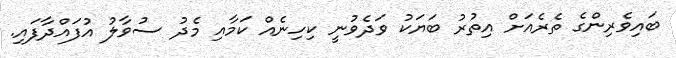
ބައިވެރިންގެ ތެރެއަށް އިތުރު ބަޔަކު ވަދެވުނީ ކިހިނެއް ކަމާއި މެދު ސުވާލު އުފައްދާފައި.